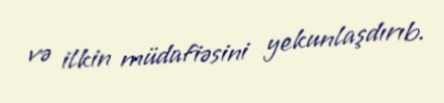
və ilkin müdafiəsini yekunlaşdırıb.